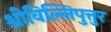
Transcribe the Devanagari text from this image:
श्रीविल्लिपुत्तुर